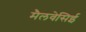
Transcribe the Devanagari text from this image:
मैलवेसिई